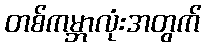
တစ်ကမ္ဘာလုံးအတွက်